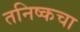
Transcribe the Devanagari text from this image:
तनिष्कचा